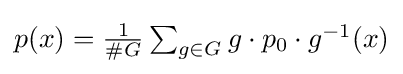
{\textstyle p(x)={\frac {1}{\#G}}\sum _{g\in G}g\cdot p_{0}\cdot g^{-1}(x)}